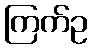
ကြက်ဥ